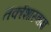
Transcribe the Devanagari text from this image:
तर्काशास्त्राज्ञ